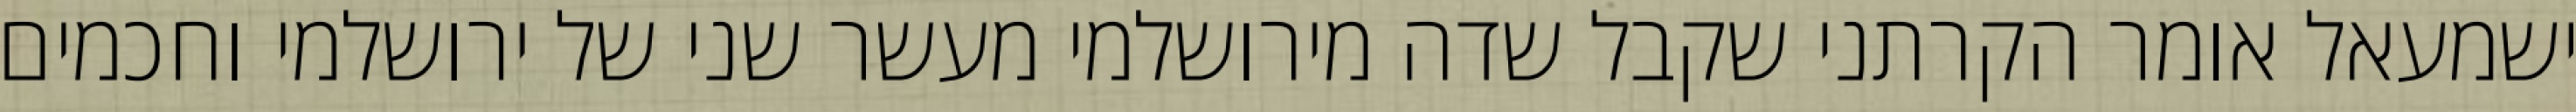
ישמעאל אומר הקרתני שקבל שדה מירושלמי מעשר שני של ירושלמי וחכמים